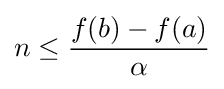
n\leq {\frac {f(b)-f(a)}{\alpha }}